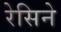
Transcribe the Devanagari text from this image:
रेसिने